Report of the Hyderabad Chloroform Commission
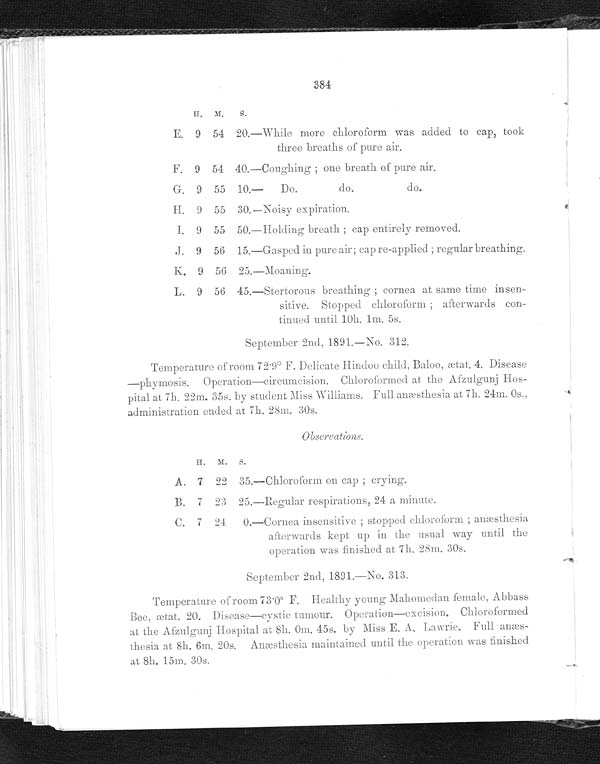
384
H . M . S .
E. 9 54 20.—While more chloroform was added to cap, took
three breaths of pure air.
F. 9 54 40.—Coughing ; one breath of pure air
.
G. 9 55 10.—Do.
do. do.
H. 9 55 30.—Noisy expiration.
I. 9 55 50.—Holding breath ; cap entirely removed.
J. 9 56 15.—Gasped in pure air; cap re-applied ; regular breathing.
K. 9 56 25.—Moaning.
L. 9 56 45.—Stertorous breathing ; cornea at same time insen-
sitive. Stopped chloroform ; afterwards con-
tinued until 10h. 1m. 5s.
September 2nd. 1891.—No. 312.
Temperature of room 72.9° F. Delicate Hindoo child, Baloo, ætat. 4. Disease
—phymosis. Operation—circumcision. Chloroformed at the Afzulgunj Hos--
pital at 7h. 22m. 35s. by student Miss Williams. Full anæsthesia at 7h. 24m. 0s..
administration ended at 7h. 28m. 30s.
Obsercation.
H .
M .
S .
A. 7 22 35.—Chloroform on cap ; crying.
B. 7 23 25.—Regular respirations, 24 a minute.
C. 7 24 0.—Cornea insensitive ; stopped chloroform ; anæsthesia
afterwards kept up in the usual way until the
operation was finished at 7h. 28m. 30s.
S e p t e m b e r 2 n d , 1 8 9 1 . — N o . 3 1 3 .
Temperature of room 73.0° F. Healthy young Mahomedan female, Abbass
Bee, ætat. 20. Disease—cystic tumour. Operation—excision. Chloroformed
at the Afzulgunj Hospital at 8h. 0m. 45s. by Miss E. A. Lawrie. Full
anæs-thesia at 8h. 6m. 20s. Anæsthesia maintained until the operation was finished
at 8h. 15m. 30s.